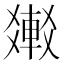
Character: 𨌸